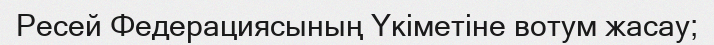
Ресей Федерациясының Үкіметіне вотум жасау;